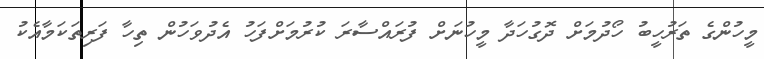
މީހުންގެ ތަރުހީބު ހޯދުމަށް ދޮގުހަދާ މީހުނަށް ފުރައްސާރަ ކުރުމަށްފަހު އެދުވަހުން ތިހާ ފަރިތަކަމާއެކު